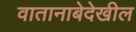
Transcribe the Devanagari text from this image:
वातानाबेदेखील